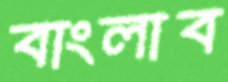
বাংলাব